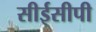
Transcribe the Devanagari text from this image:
सीईसीपी